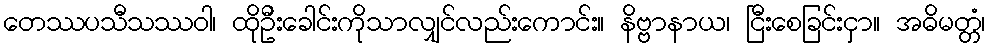
တေဿပသီသဿဝါ၊ ထိုဦးခေါင်းကိုသာလျှင်လည်းကောင်း။ နိဗ္ဗာနာယ၊ ငြီးစေခြင်းငှာ။ အဓိမတ္တံ၊